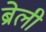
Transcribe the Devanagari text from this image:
ब्रेली